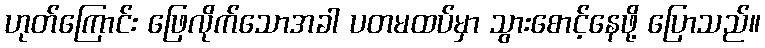
ဟုတ်ကြောင်း ဖြေလိုက်သောအခါ ပတမထပ်မှာ သွားစောင့်နေဖို့ ပြောသည်။